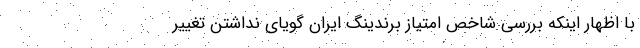
با اظهار اینکه بررسی شاخص امتیاز برندینگ ایران گویای نداشتن تغییر